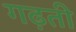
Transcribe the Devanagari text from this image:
गढ़ती